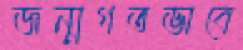
জন্মগতভাবে